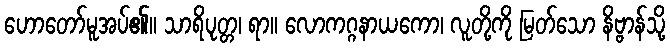
ဟောတော်မူအပ်၏။ သာရိပုတ္တ၊ ရာ။ လောကဂ္ဂနာယကော၊ လူတို့ကို မြတ်သော နိဗ္ဗာန်သို့